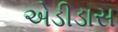
એડીડાસ